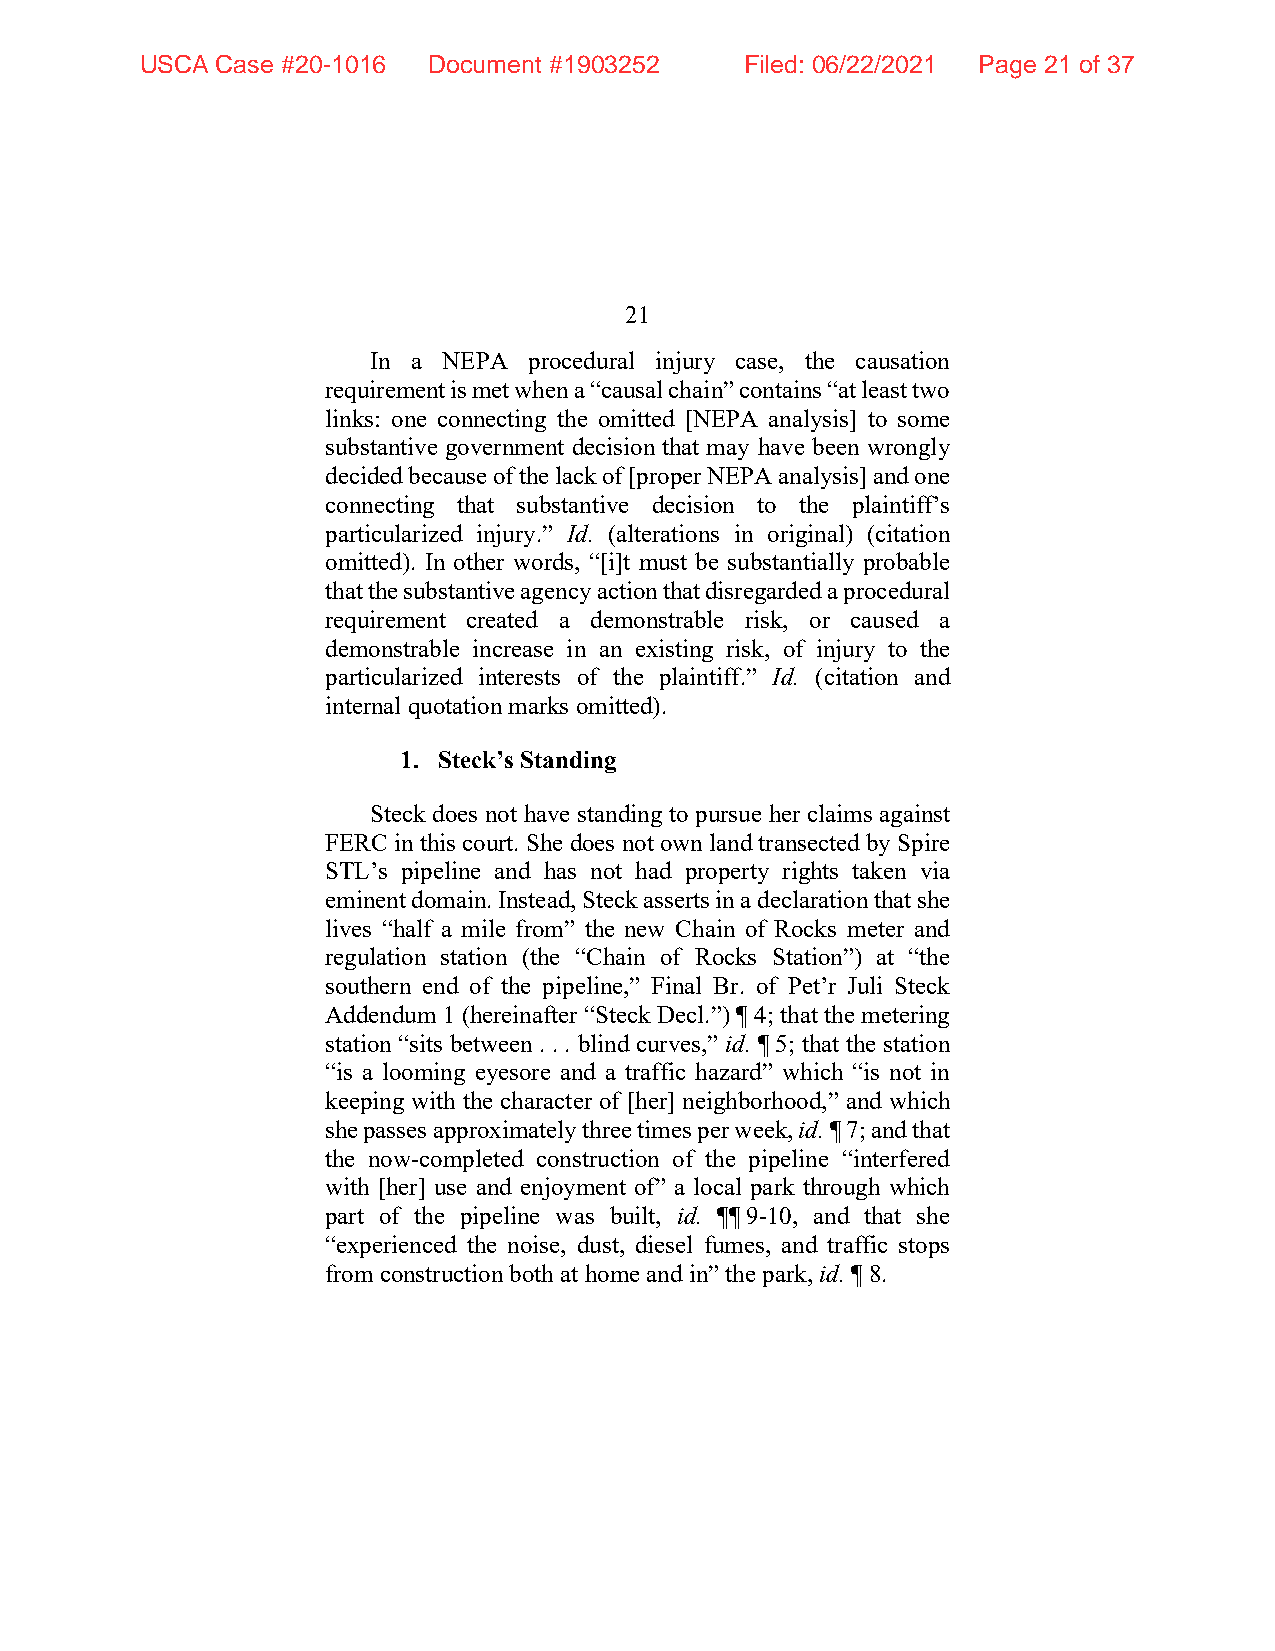
USCA Case #20-1016 Document #1903252    Filed: 06/22/2021 Page 21 of 37
 21
 In a NEPA  procedural injury case, the causation
 requirement is met when a “causal chain” contains “at least two
 links: one connecting the omitted [NEPA analysis] to some
 substantive government decision that may have been wrongly
 decided because of the lack of [proper NEPA analysis] and one
 connecting that substantive decision to the plaintiff’s
 particularized injury.” Id. (alterations in original) (citation
 omitted). In other words, “[i]t must be substantially probable
 that the substantive agency action that disregarded a procedural
 requirement created a demonstrable risk, or caused a
 demonstrable increase in an existing risk, of injury to the
 particularized interests of the plaintiff.” Id. (citation and
 internal quotation marks omitted).
 1. Steck’s Standing
 Steck does not have standing to pursue her claims against
 FERC in this court. She does not own land transected by Spire
 STL’s pipeline and has not had property rights taken via
 eminent domain. Instead, Steck asserts in a declaration that she
 lives “half a mile from” the new Chain of Rocks meter and
 regulation station (the “Chain of Rocks Station”) at “the
 southern end of the pipeline,” Final Br. of Pet’r Juli Steck
 Addendum 1 (hereinafter “Steck Decl.”) ¶ 4; that the metering
 station “sits between . . . blind curves,” id. ¶ 5; that the station
 “is a looming eyesore and a traffic hazard” which “is not in
 keeping with the character of [her] neighborhood,” and which
 she passes approximately three times per week, id. ¶ 7; and that
 the now-completed construction of the pipeline “interfered
 with [her] use and enjoyment of” a local park through which
 part of the pipeline was built, id. ¶¶ 9-10, and that she
 “experienced the noise, dust, diesel fumes, and traffic stops
 from construction both at home and in” the park, id. ¶ 8.